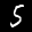
Label: 5